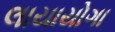
લાયાયોગા